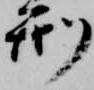
刑